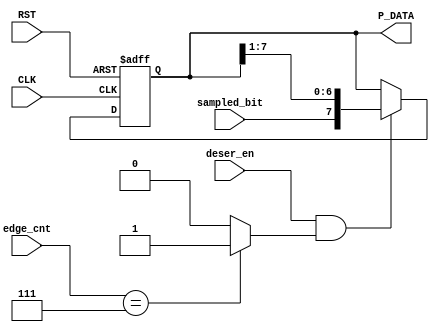
  /*
Module: DeSerializer.v
Owner : Omar  Salah
-------------------------
Description :
-------------

-------------------------
Mapping     :
-------------
DeSerializer deserializer 
(
  .deser_en     ()     ,
  .sampled_bit  ()     ,
  .CLK          ()     ,
  .RST          ()     ,
  .edge_cnt     ()     ,
  .P_DATA       ()         
);
*/
  
  
 module  DeSerializer  # ( parameter  DATA_WIDTH  = 8 )  
(
  input   wire                     deser_en      ,
  input   wire                     sampled_bit   ,
  input   wire                     CLK           ,
  input   wire                     RST           ,
  input   wire    [2:0]            edge_cnt      ,
  output  reg     [DATA_WIDTH-1:0] P_DATA          
);
  wire edg_counter_done ;

//edg_counter_done
assign  edg_counter_done = (edge_cnt  ==  'b111)  ? 1'b1  : 1'b0  ;

always @ (posedge CLK or negedge RST)
 begin
  if(!RST)
   begin
    P_DATA <= 'b0 ;
   end
  else if(deser_en && edg_counter_done )
   begin
    P_DATA <= {sampled_bit,P_DATA[7:1]}	;
   end	
 end
 

endmodule